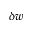
\delta \boldsymbol { w }